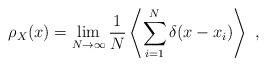
LaTeX: \begin{align*}\rho_X(x)=\lim_{N\to\infty}\frac{1}{N}\left\langle\sum_{i=1}^N\delta(x-x_i)\right\rangle\ ,\end{align*}